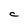
Character: C